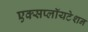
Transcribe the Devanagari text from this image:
एक्सप्लॉयटेशन